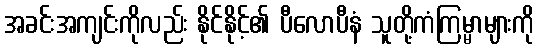
အခင်းအကျင်းကိုလည်း နိုင်နိုင့်၏ ပီလောပီနံ သူတို့ကံကြမ္မာများကို